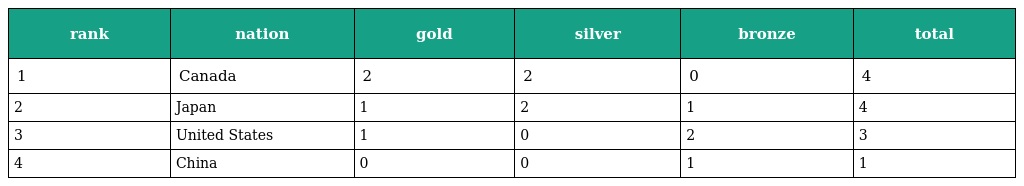
| rank | nation | gold | silver | bronze | total |
 | --- | --- | --- | --- | --- | --- |
 | 1 | Canada | 2 | 2 | 0 | 4 |
 | 2 | Japan | 1 | 2 | 1 | 4 |
 | 3 | United States | 1 | 0 | 2 | 3 |
 | 4 | China | 0 | 0 | 1 | 1 |